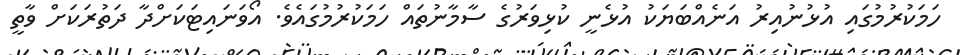
ހަމަކުރުމުގައި އުޅުނުއިރު އަނެއްބަޔަކު އުޅެނީ ކުޅިވަރުގެ ސާމާނުތައް ހަމަކުރުމުގައެވެ. އޯވަނައިޓަކަށްދާ ދަތުރަކަށް ވާތީ